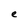
Character: e